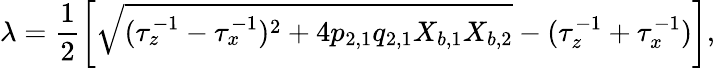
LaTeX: \lambda=\frac{1}{2}\left[\sqrt{(\tau_{z}^{-1}-\tau_{x}^{-1})^{2}+4p_{2,1}q_{2,1}X_{b,1}X_{b,2}}-(\tau_{z}^{-1}+\tau_{x}^{-1})\right],